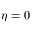
\eta = 0